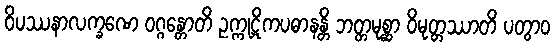
ဝိပဿနာလက္ခဏေ ဝဂ္ဂန္တောတိ ဥက္ကုဋိကပဓာနန္တိ ဘတ္တမုစ္ဆာ ဝိမုတ္တဿာတိ ပတွာဝ